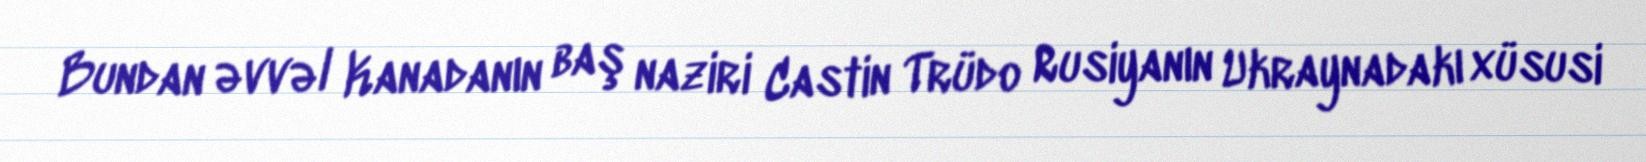
Bundan əvvəl Kanadanın baş naziri Castin Trüdo Rusiyanın Ukraynadakı xüsusi